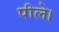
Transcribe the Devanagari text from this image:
पीले।